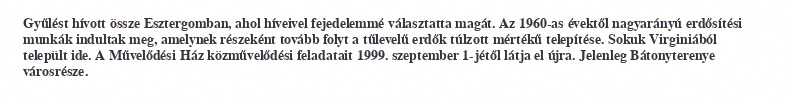
Gyűlést hívott össze Esztergomban, ahol híveivel fejedelemmé választatta magát. Az 1960-as évektől nagyarányú erdősítési munkák indultak meg, amelynek részeként tovább folyt a tűlevelű erdők túlzott mértékű telepítése. Sokuk Virginiából települt ide. A Művelődési Ház közművelődési feladatait 1999. szeptember 1-jétől látja el újra. Jelenleg Bátonyterenye városrésze.